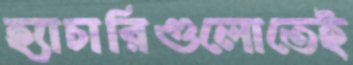
হ্যাচারিগুলোতেই